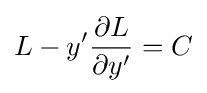
L-y'{\frac {\partial L}{\partial y'}}=C